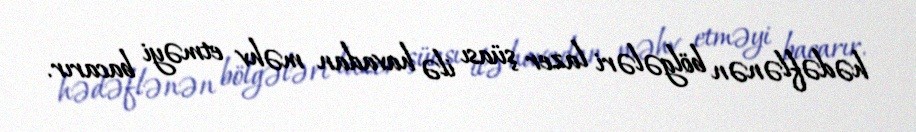
hədəflənən bölgələri lazer şüası ilə havadan məhv etməyi bacarır.